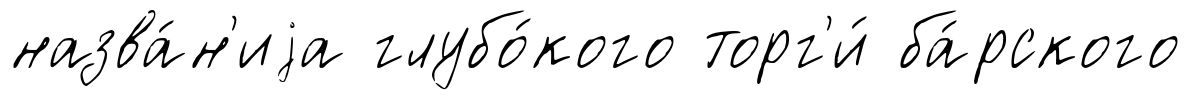
назва́н'иjа глубо́кого торг'и́ ба́рского